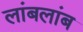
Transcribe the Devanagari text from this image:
लांबलांब